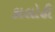
કાલોઢી